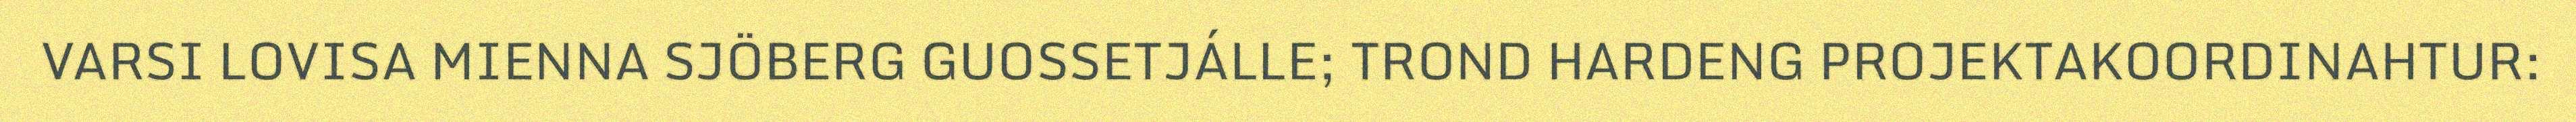
VARSI LOVISA MIENNA SJÖBERG GUOSSETJÁLLE; TROND HARDENG PROJEKTAKOORDINAHTUR: